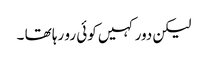
لیکن دور کہیں کوئی رو رہا تھا ۔